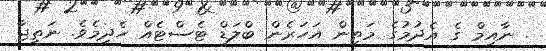
. ނާއިމް ގެ އެދުމުގެ މަތިން އަހަރެން ބްލަޑް ޓެސްޓެއް ހެދިމެވެ. ނަތީޖާ